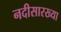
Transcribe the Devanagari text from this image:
नदीसारख्या